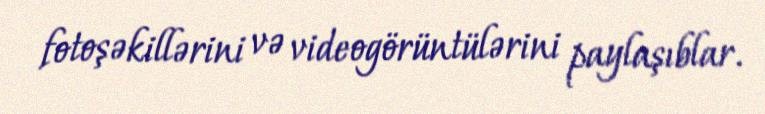
fotoşəkillərini və videogörüntülərini paylaşıblar.